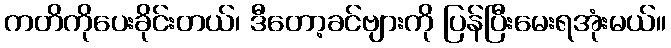
ကတိကိုပေးခိုင်းတယ်၊ ဒီတော့ခင်ဗျားကို ပြန်ပြီးမေးရအုံးမယ်။